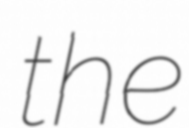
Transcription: the